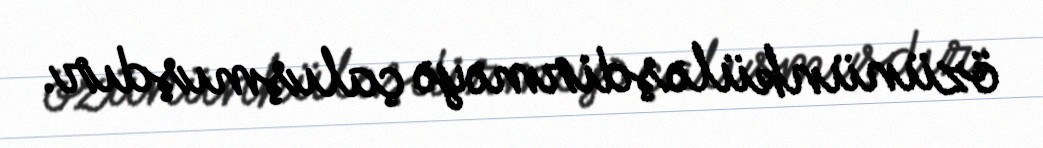
özününküləşdirməyə çalışmışdır.